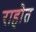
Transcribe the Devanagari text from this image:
राहोत